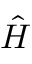
\hat { H }